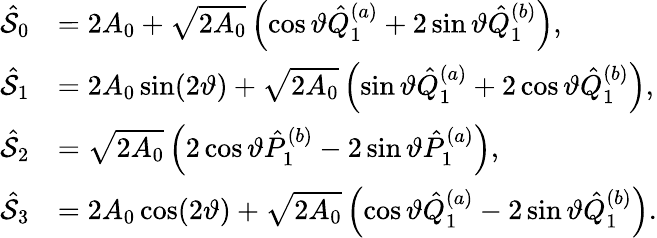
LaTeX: \begin{array}{rl}{\hat{\cal S}_{0}}&{=2A_{0}+\sqrt{2A_{0}}\left(\cos\vartheta\hat{Q}_{1}^{(a)}+2\sin\vartheta\hat{Q}_{1}^{(b)}\right),}\\ {\hat{\cal S}_{1}}&{=2A_{0}\sin(2\vartheta)+\sqrt{2A_{0}}\left(\sin\vartheta\hat{Q}_{1}^{(a)}+2\cos\vartheta\hat{Q}_{1}^{(b)}\right),}\\ {\hat{\cal S}_{2}}&{=\sqrt{2A_{0}}\left(2\cos\vartheta\hat{P}_{1}^{(b)}-2\sin\vartheta\hat{P}_{1}^{(a)}\right),}\\ {\hat{\cal S}_{3}}&{=2A_{0}\cos(2\vartheta)+\sqrt{2A_{0}}\left(\cos\vartheta\hat{Q}_{1}^{(a)}-2\sin\vartheta\hat{Q}_{1}^{(b)}\right).}\end{array}